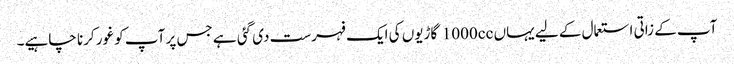
آپ کے زاتی استعمال کے لیے یہاں 1000cc گاڑیوں کی ایک فہرست دی گئی ہے جس پر آپ کو غور کرنا چاہیے۔